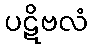
ပဋိဗလံ